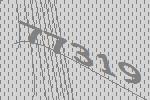
77319